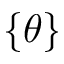
\{ \theta \}